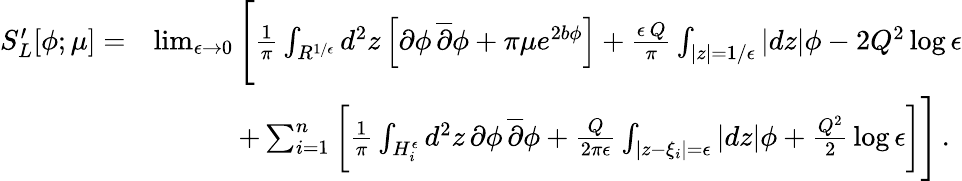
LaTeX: \begin{array}{rl}{S_{L}^{\prime}[\phi;\mu]=}&{\operatorname*{lim}_{\epsilon\to 0}\Bigg[{\frac{1}{\pi}}\int_{R^{1/\epsilon}}d^{2}z\left[\partial\phi\, \overline{{\partial}}\phi+\pi\mu e^{2b\phi}\right]+{\frac{\epsilon\, Q}{\pi}}\int_{|z|=1/\epsilon}|dz|\phi-2Q^{2}\log\epsilon}\\ &{\quad\quad\quad+\sum_{i=1}^{n}\bigg[{\frac{1}{\pi}}\int_{H_{i}^{\epsilon}}d^{2}z\, \partial\phi\, \overline{{\partial}}\phi+{\frac{Q}{2\pi\epsilon}}\int_{|z-\xi_{i}|=\epsilon}|dz|\phi+{\frac{Q^{2}}{2}}\log\epsilon\bigg]\Bigg]\, .}\end{array}